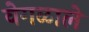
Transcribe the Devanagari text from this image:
वेगळाले